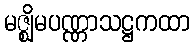
မဇ္ဈိမပဏ္ဏာသဋ္ဌကထာ